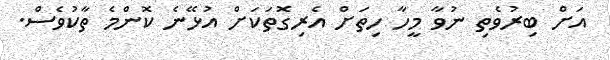
އަށް ބިރުވެތި ނުވާ މީހާ ހިތަށް އެރިގޮތަކަށް އުޅޭނެ ކޮންމެ ތާކުވެސް.